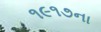
૧૯૧૭ના